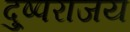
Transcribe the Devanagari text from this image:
दु्ष्पराजय